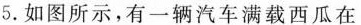
5.如图所示，有一辆汽车满载西瓜在